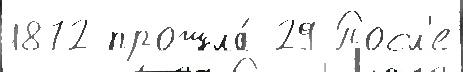
1872 прошла́ 29 Посл'е